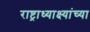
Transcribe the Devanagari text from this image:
राष्ट्राध्याक्ष्यांच्या